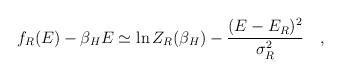
LaTeX: \begin{align*}f_R(E)-\beta_H E\simeq\ln Z_R(\beta_H)- {(E-E_R)^2\over \sigma^2_R}~~~,\end{align*}